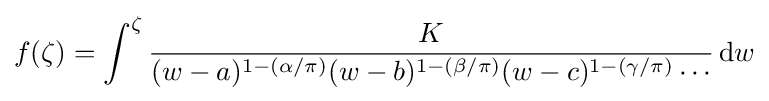
f(\zeta )=\int ^{\zeta }{\frac {K}{(w-a)^{1-(\alpha /\pi )}(w-b)^{1-(\beta /\pi )}(w-c)^{1-(\gamma /\pi )}\cdots }}\,\mathrm {d} w